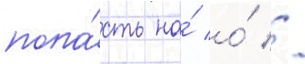
попа́сть на́ о́ //